Civil Veterinary Dept. Bombay admin report 1932-41 - 1932-1941
Year: 1932
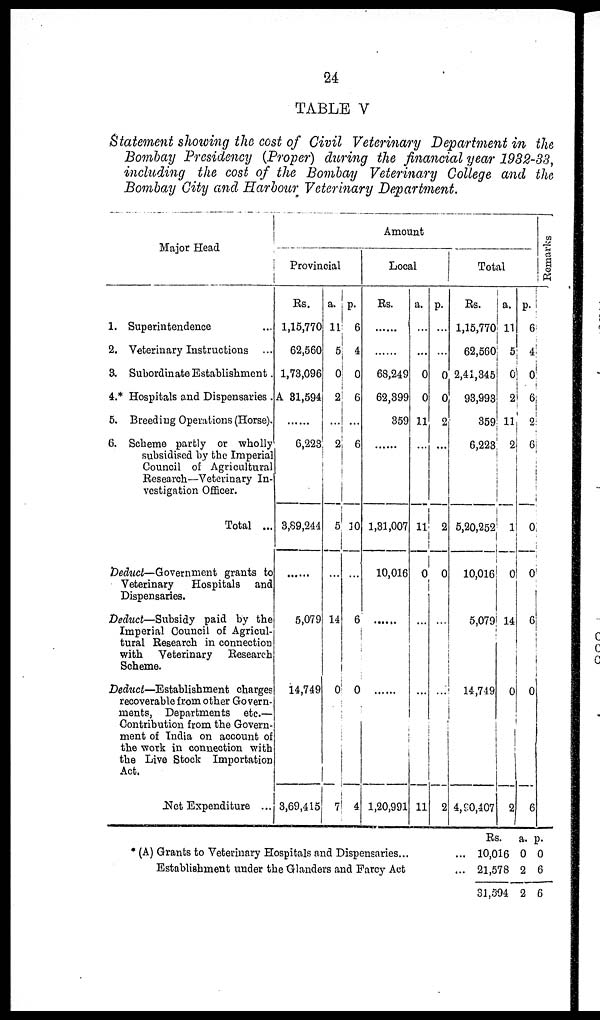
24
TABLE V
Statement showing the cost of Civil Veterinary Department in the
Bombay Presidency (Proper) during the financial year 1932-33,
including the cost of the Bombay Veterinary College and the
Bombay City and Harbour Veterinary Department.
Major Head
1. Superintendence …
2. Veterinary Instructions ...
3. Subordinate Establishment.
4.* Hospitals and Dispensaries .
5. Breeding Operations (Horse).
6. Scheme partly or wholly
subsidised by the Imperial
Council of Agricultural
Research—Veterinary In-
vestigation Officer.
Total ...
Deduct—Government grants to
Veterinary Hospitals and
Dispensaries.
Deduct—Subsidy paid by the
Imperial Council of Agricul-
tural Research in connection
with Veterinary Research
Scheme.
Deduct—Establishment charges
recoverable from other Govern-
ments, Departments etc.—
Contribution from the Govern-
ment of India on account of
the work in connection with
the Live Stock Importation
Act.
Net Expenditure ...
Amount
Provincial
Rs.
1,15,770
62,560
1,73,096
A 31,594
……
6,223
3,89,244
……
5,079
14,749
3,69,415
a.
11
5
0
2
...
2
5
…
14
0
7
P.
6
4
0
6
6
30
…
6
0
4
Local
Rs.
……
……
68,249
62,899
359
……
1,31,007
10,016
……
……
1,20,991
a.
…
...
0
0
11
…
11
0
…
…
11
p.
…
…
0
0
2
...
2
0
…
…
2
Total
Rs.
1,15,770
62,560
2,41,345
98,993
359
6,223
5,20,252
10,016
5,079
14,749
4,90,407
a.
11
5
0
2
11
2
1
0
14
0
2
p.
6
4
0
6
2
6
0
0
6
0
6
Remarks
* (A) Grants to Veterinary Hospitals and Dispensaries... ...
Establishment under the Glanders and Farcy Act ... ...
Rs.
10,016
21,578
31,594
a.
0
2
2
p.
0
6
6